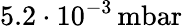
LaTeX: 5.2\cdot 10^{-3}\, \mathrm{mbar}